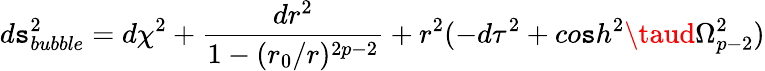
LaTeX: d\mathtt{s}_{bubble}^{2}=d\chi^{2}+\frac{{dr^{2}}}{{1-(r_{0}/r)^{2p-2}}}+r^{2}(-d\tau^{2}+co\mathtt{s}h^{2}\taud\Omega_{p-2}^{2})